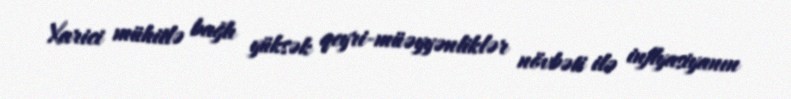
Xarici mühitlə bağlı yüksək qeyri-müəyyənliklər növbəti ilə inflyasiyanın